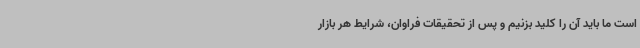
است ما باید آن را کلید بزنیم و پس از تحقیقات فراوان، شرایط هر بازار